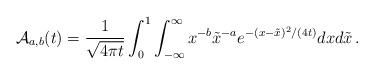
LaTeX: \begin{align*}\mathcal{A}_{a,b}(t)=\frac1{\sqrt{4\pi t}}\int_0^1\int_{-\infty}^\infty x^{-b}\tilde x^{-a}e^{-(x-\tilde x)^2/(4t)}dxd\tilde x\,.\end{align*}